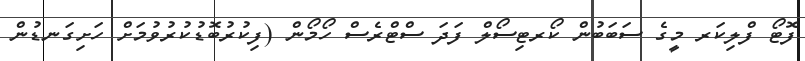
ފޮޓޯ ފްލިކަރ މީގެ ސަބަބުން ކޯރޓިސޯލް ފަދަ ސްޓްރެސް ހޯމޯން (ފިކުރުބޮޑުކުރުވުމަށް ހަށިގަނޑުން